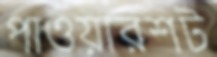
পাওয়ারশট